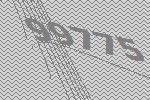
99775